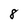
Character: 8